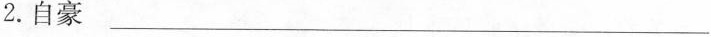
2.自豪___